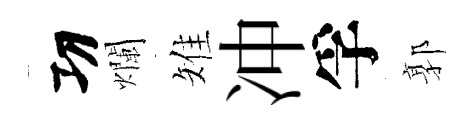
㓛爛雉冲孚郭